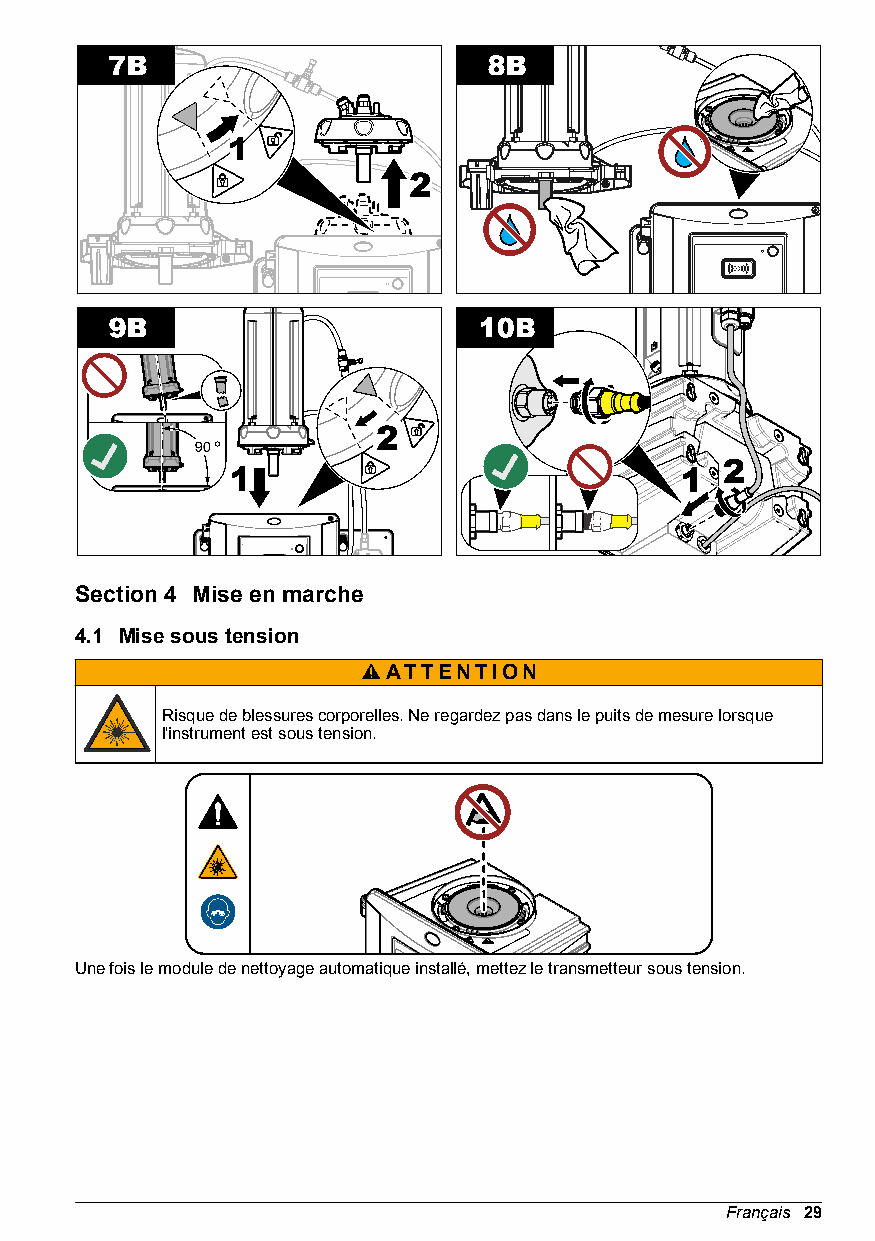
Section 4 Mise en marche
 4.1 Mise sous tension
 ATTENTION
 Risque de blessures corporelles. Ne regardez pas dans le puits de mesure lorsque
 l'instrument est sous tension.
 Une fois le module de nettoyage automatique installé, mettez le transmetteur sous tension.
 Français 29